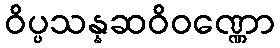
ဝိပ္ပသန္နဆဝိဝဏ္ဏော